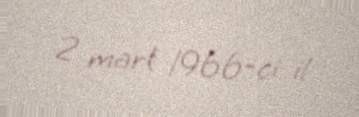
2 mart 1966-ci il